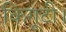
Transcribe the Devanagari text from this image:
किगूटी।